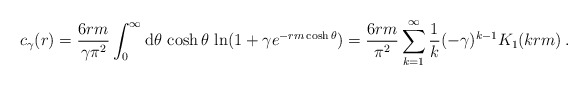
\begin{align*} c_{\gamma}(r) = \frac{6rm}{\gamma\pi^2} \int_0^{\infty} {\rm d}\theta \, \cosh \theta \, \ln (1+ \gamma e^{- rm\cosh \theta} ) = \frac{6 rm}{ \pi^2} \sum_{k=1}^{\infty} \frac{1}{k} (-\gamma)^{k-1} K_{1}(krm) \,.\end{align*}